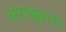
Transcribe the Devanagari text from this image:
अंगद्वारा